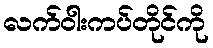
လက်ဝါးကပ်တိုင်ကို